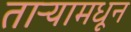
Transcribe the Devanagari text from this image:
ताऱ्यामधून